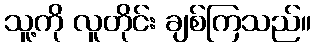
သူ့ကို လူတိုင်း ချစ်ကြသည်။